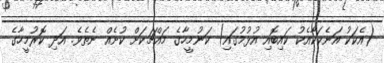
(އެކަކު އަނެކަކާއެކު ކައިބޮއި އުޅުމުގައި) ކަނުމީހާގެ މައްޗަކަށް ކުށެއް ނެތެވެ. އަދި ކޮރުމީހާގެ